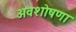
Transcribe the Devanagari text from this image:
अवशोषणा